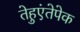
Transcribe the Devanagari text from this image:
तेहुएंतेपेक